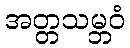
အတ္တသမ္ဘဝံ